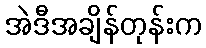
အဲဒီအချိန်တုန်းက